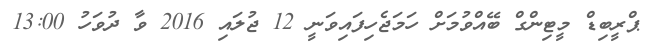
ޕްރީބިޑް މީޓިންގް ބޭއްވުމަށް ހަމަޖެހިފައިވަނީ 12 ޖުލައި 2016 ވާ ދުވަހު 13:00